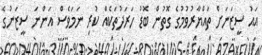
އައު ސީޒަނަށް ތައްޔާރުވުމުގެ ގޮތުން ބޮޑު ހަރަދުތަކެއް ކުރި ނަމަވެސް އަންނަ ސީޒަނުގެ